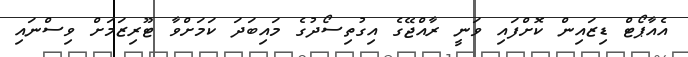
އެއާޕޯޓް ޑިޒައިން ކޮށްފައި ވަނީ ރާއްޖޭގެ އިގުތިސޯދުގެ މައިބަދަ ކަމަށްވާ ޓޫރިޒަމަށް ވިސްނައި